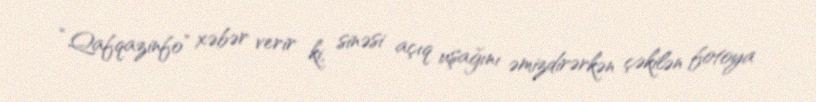
“Qafqazinfo” xəbər verir ki, sinəsi açıq uşağını əmizdirərkən çəkilən fotoya